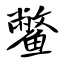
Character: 鳖